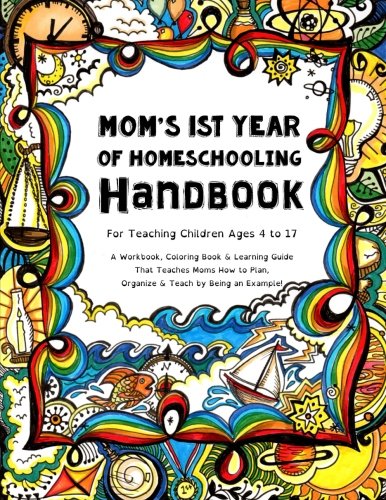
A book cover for Mom's First Year Of Homeschooling - Handbook: For Teaching Children ages 4 to 17 -  A Workbook, Coloring Book & Learning Guide that Teaches Moms How to Plan, Organize & Teach by Being an Example!; Sarah Janisse Brown; Education & Teaching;